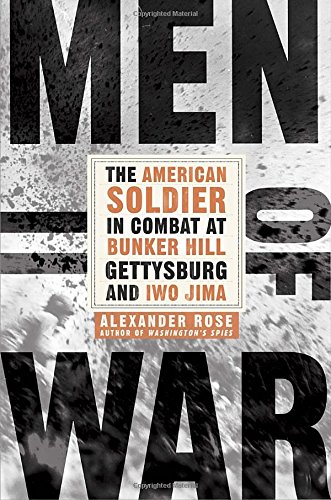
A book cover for Men of War: The American Soldier in Combat at Bunker Hill, Gettysburg, and Iwo Jima; Alexander Rose; History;